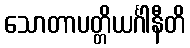
သောတာပတ္တိယင်္ဂါနီတိ